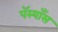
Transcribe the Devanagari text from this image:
पॅस्याँस